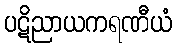
ပဋိညာယကရဏီယံ